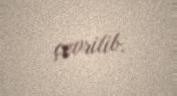
çevrilib.